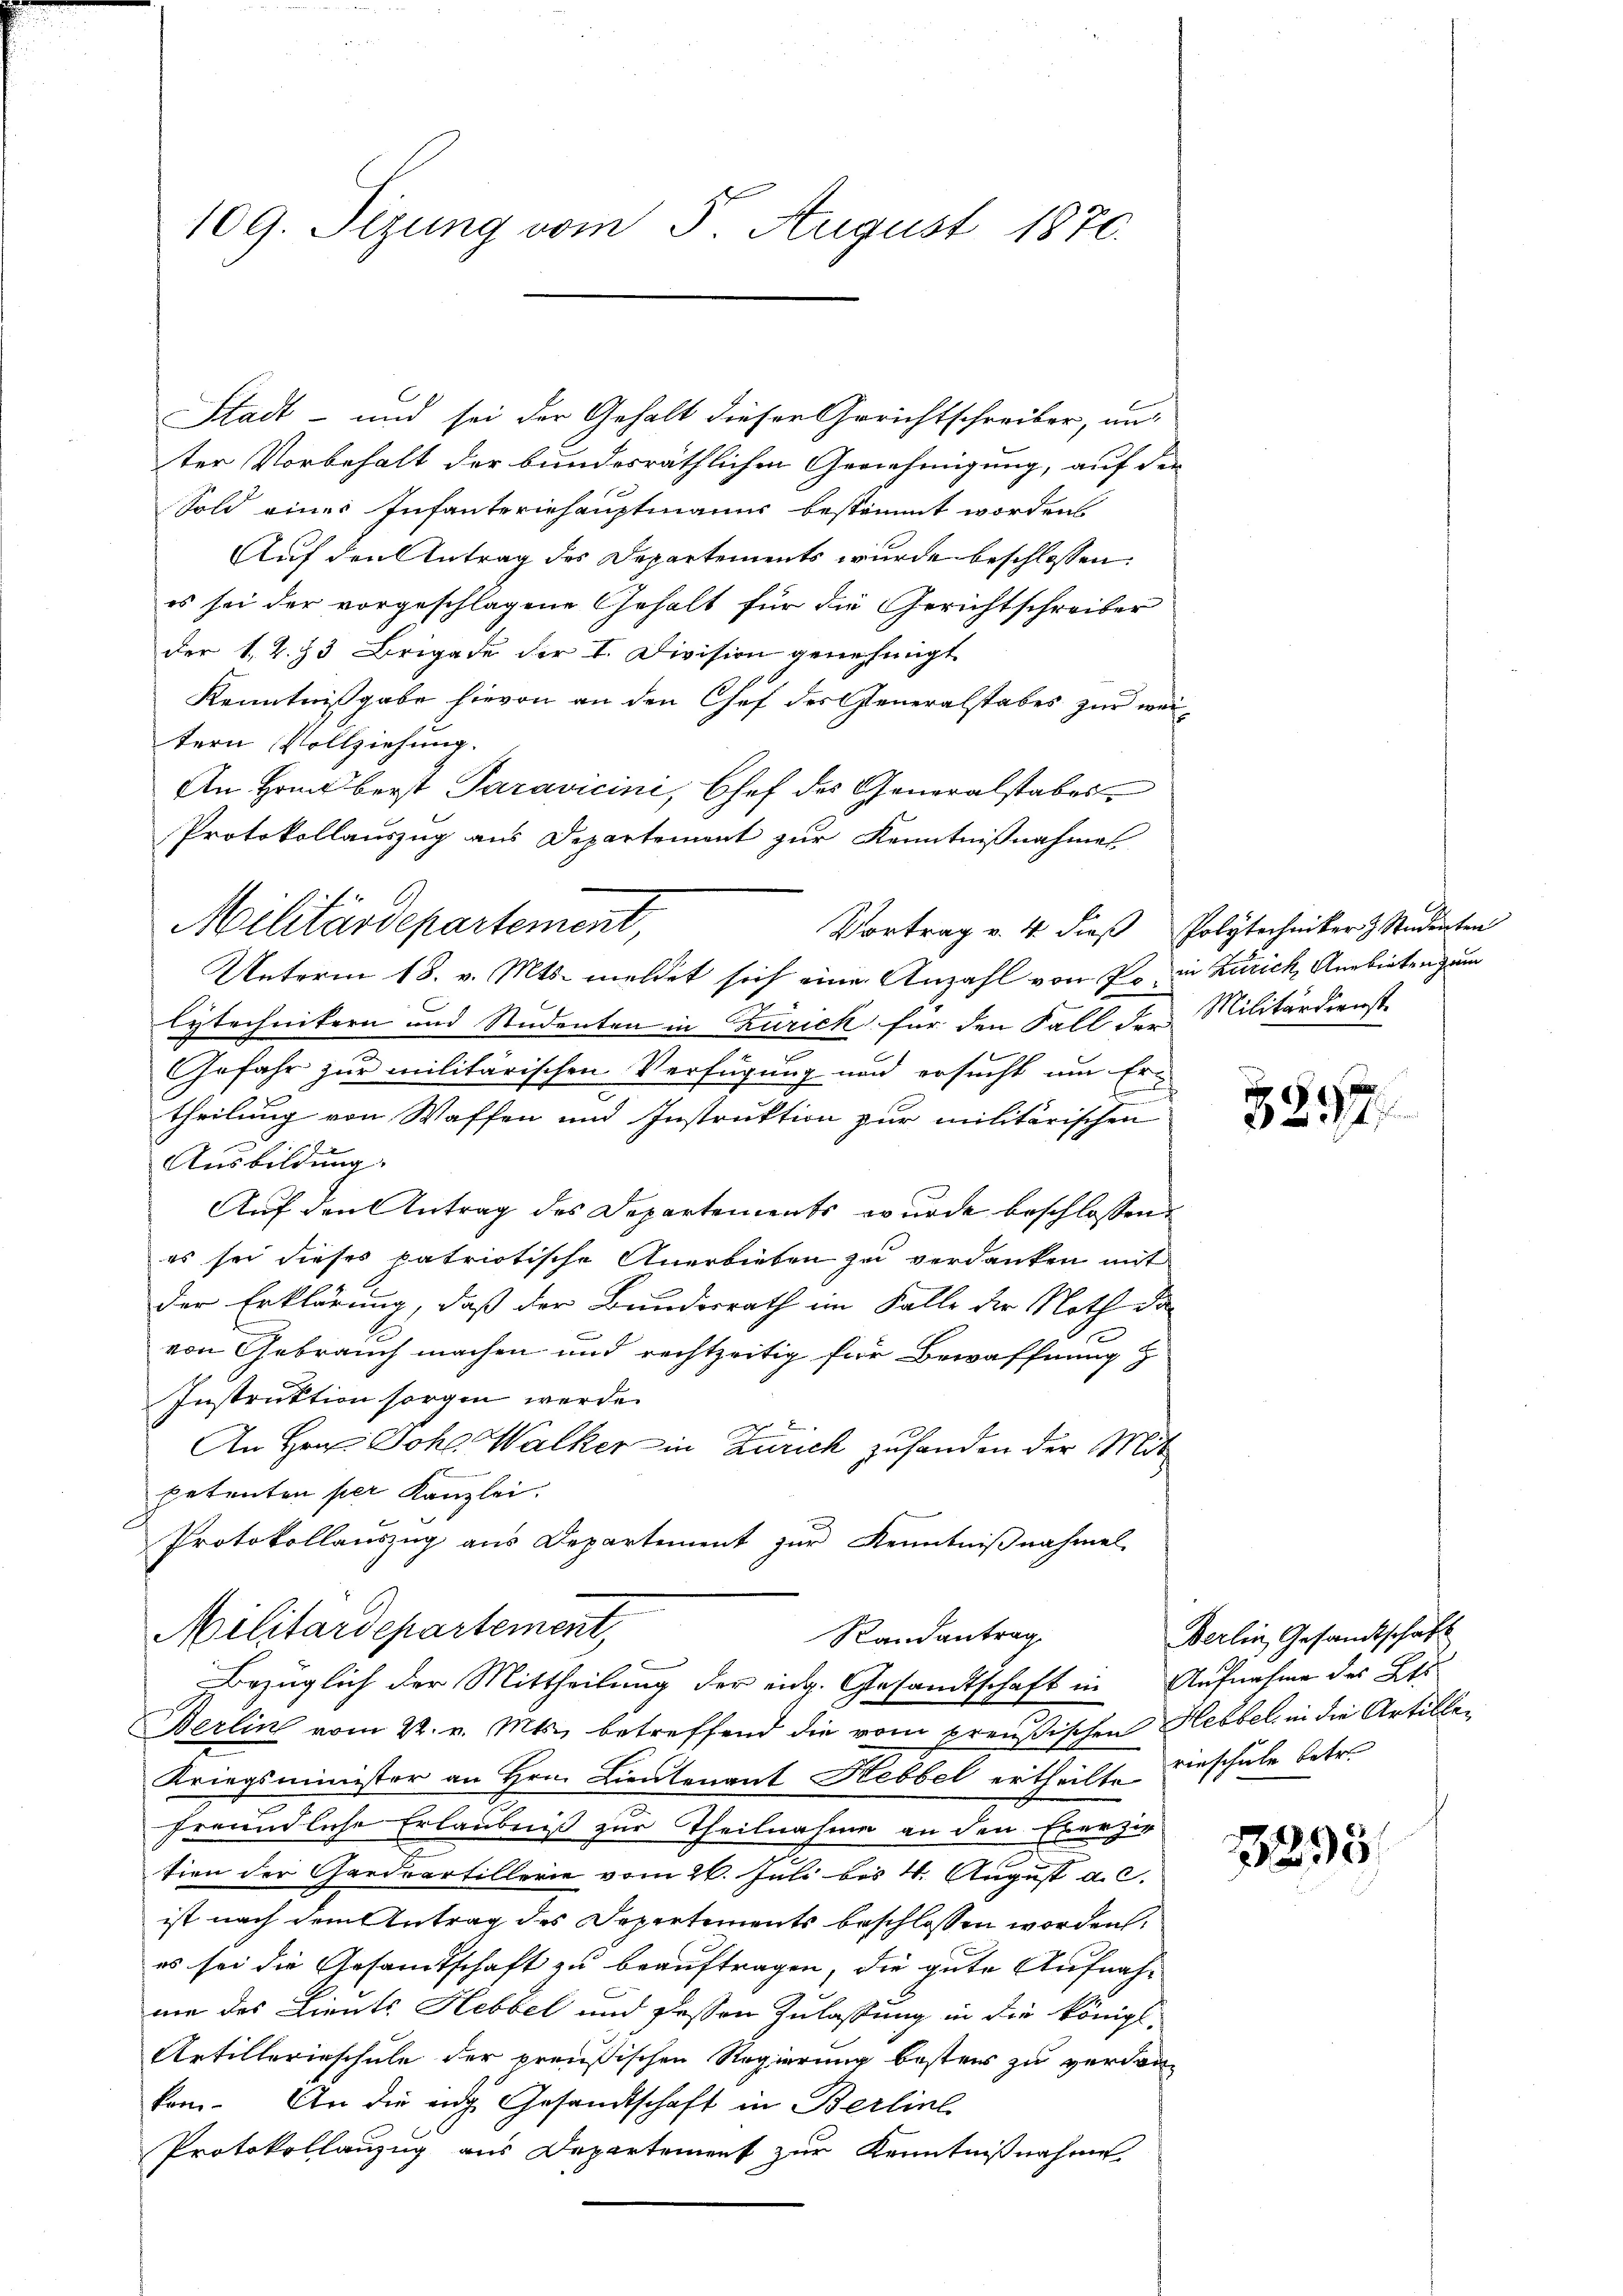
Stadt- und sei der Gehalt dieser Gerichtschreiber, aus
ter Vorbehalt der bundesräthlichen Genehmigung, auf der
Sold eines Infanteriehauptmanns bestimmt worden
Auf den Antrag des Departements wurde beschlossen:
es sei der vorgeschlagene Gehalt für die Gerichtschreiber
der 1. 2. 33 Brigade der I. Division genehmigt
Kenntnißgabe hievon an den Chef der Generalstabes zur weitern Vollziehung.
An Hand berst Paravicini, Chef des Generalstabes
Protokollauszug aus Departement zur Kenntnißnahme
Unterm 18. v. Mts. meldet sich eine Anzahl von Po in Zürich, Anbieten zum
lytechnikern und Studenten in Zürich für den Fall der Militärdienste
Gefahr zur militärischen Verfügung und ersucht um Ertheilung von Waffen und Instruktion zur militärischen
Ausbildung.
Auf den Antrag des Departements wurde beschlossend
es sei dieses patriotische Anerbieben zu verdanken mit
der Erklärung, daß der Bunderrath im Falle der Noth da
von Gebrauch machen und rechtzeitig für Bewaffnung z
Instruktion sorgen werde.
 2
An Hrn. Joh. Walker in Zürich zufanden der Mit
petenten per Kanzlei.
Protokollauszug aus Departement zur Kenntnißnahmel

109. Sizung vom 5. August 1870.

Militärdepartement,

Militärdepartement,
Randantrag
vorzüglich der Mittheilung der eidg. Gesandtschaft in Aufnahme des Bes

Berlin vom 22. v. Mts. betreffend die vom Tischen Hebbel in die Artillen
Kriegsminister an Hrn. Lieutenant Hebbel ertheilte einschule betr.
freundliche Erlaubniß zur Theilnahme an den Exerzie
tien der Gardeartillerie vom 26. Juli bis 4. August a. c.
ist nach dem Antrag des Departements beschlossen worden,
es sei die Gesamtschaft zu beauftragen, die gute Aufnah-
nie des Lieute Hebbel und dessen Zulassung in die königl.
Artillerinschule der preußischen Regierung besters zu verdankom. An die eng Gesandtschaft in Berline
Protokollanzug aus Departement zur Kenntnißnahme

Vortrag v. 4. dieß Polytechniker 3 Studenten

3237

Berlin, Gesandtschaft

13295